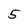
Character: 5